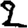
Digit: 2